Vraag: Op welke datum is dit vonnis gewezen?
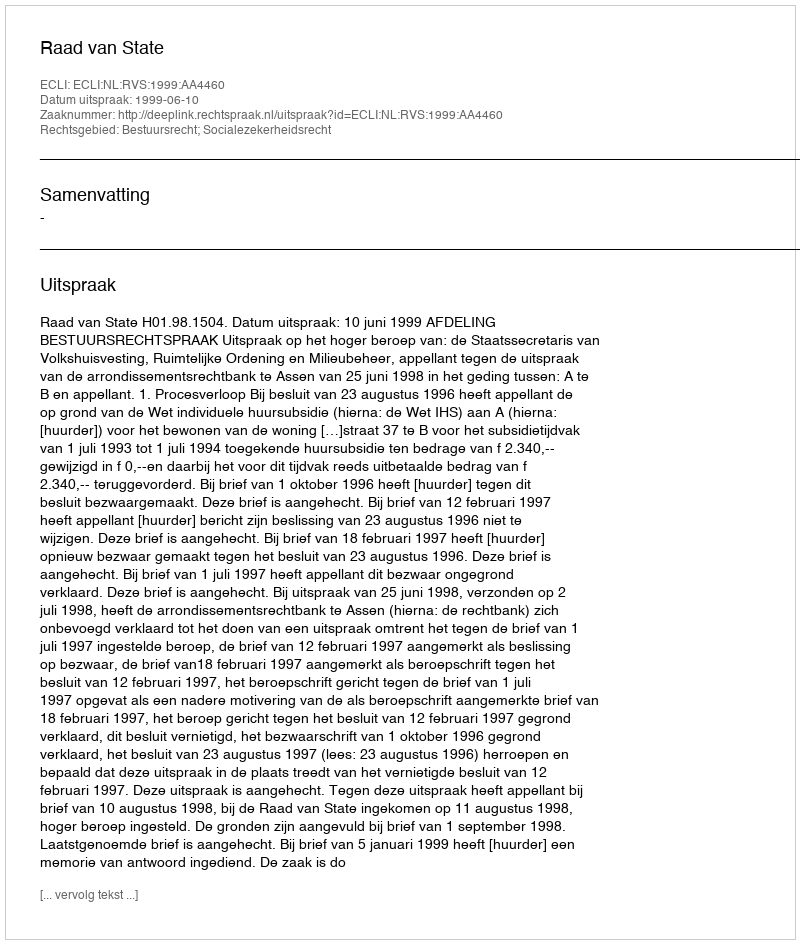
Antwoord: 1999-06-10